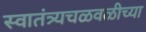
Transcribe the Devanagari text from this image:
स्वातंत्र्यचळवळीच्या